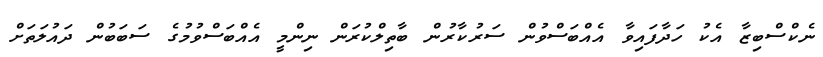
ނެކްސްބިޒާ އެކު ހަދާފައިވާ އެއްބަސްވުން ސަރުކާރުން ބާތިލްކުރަން ނިންމީ އެއްބަސްވުމުގެ ސަބަބުން ދައުލަތަށް